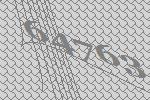
64763